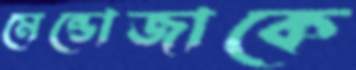
মেন্ডোজাকে